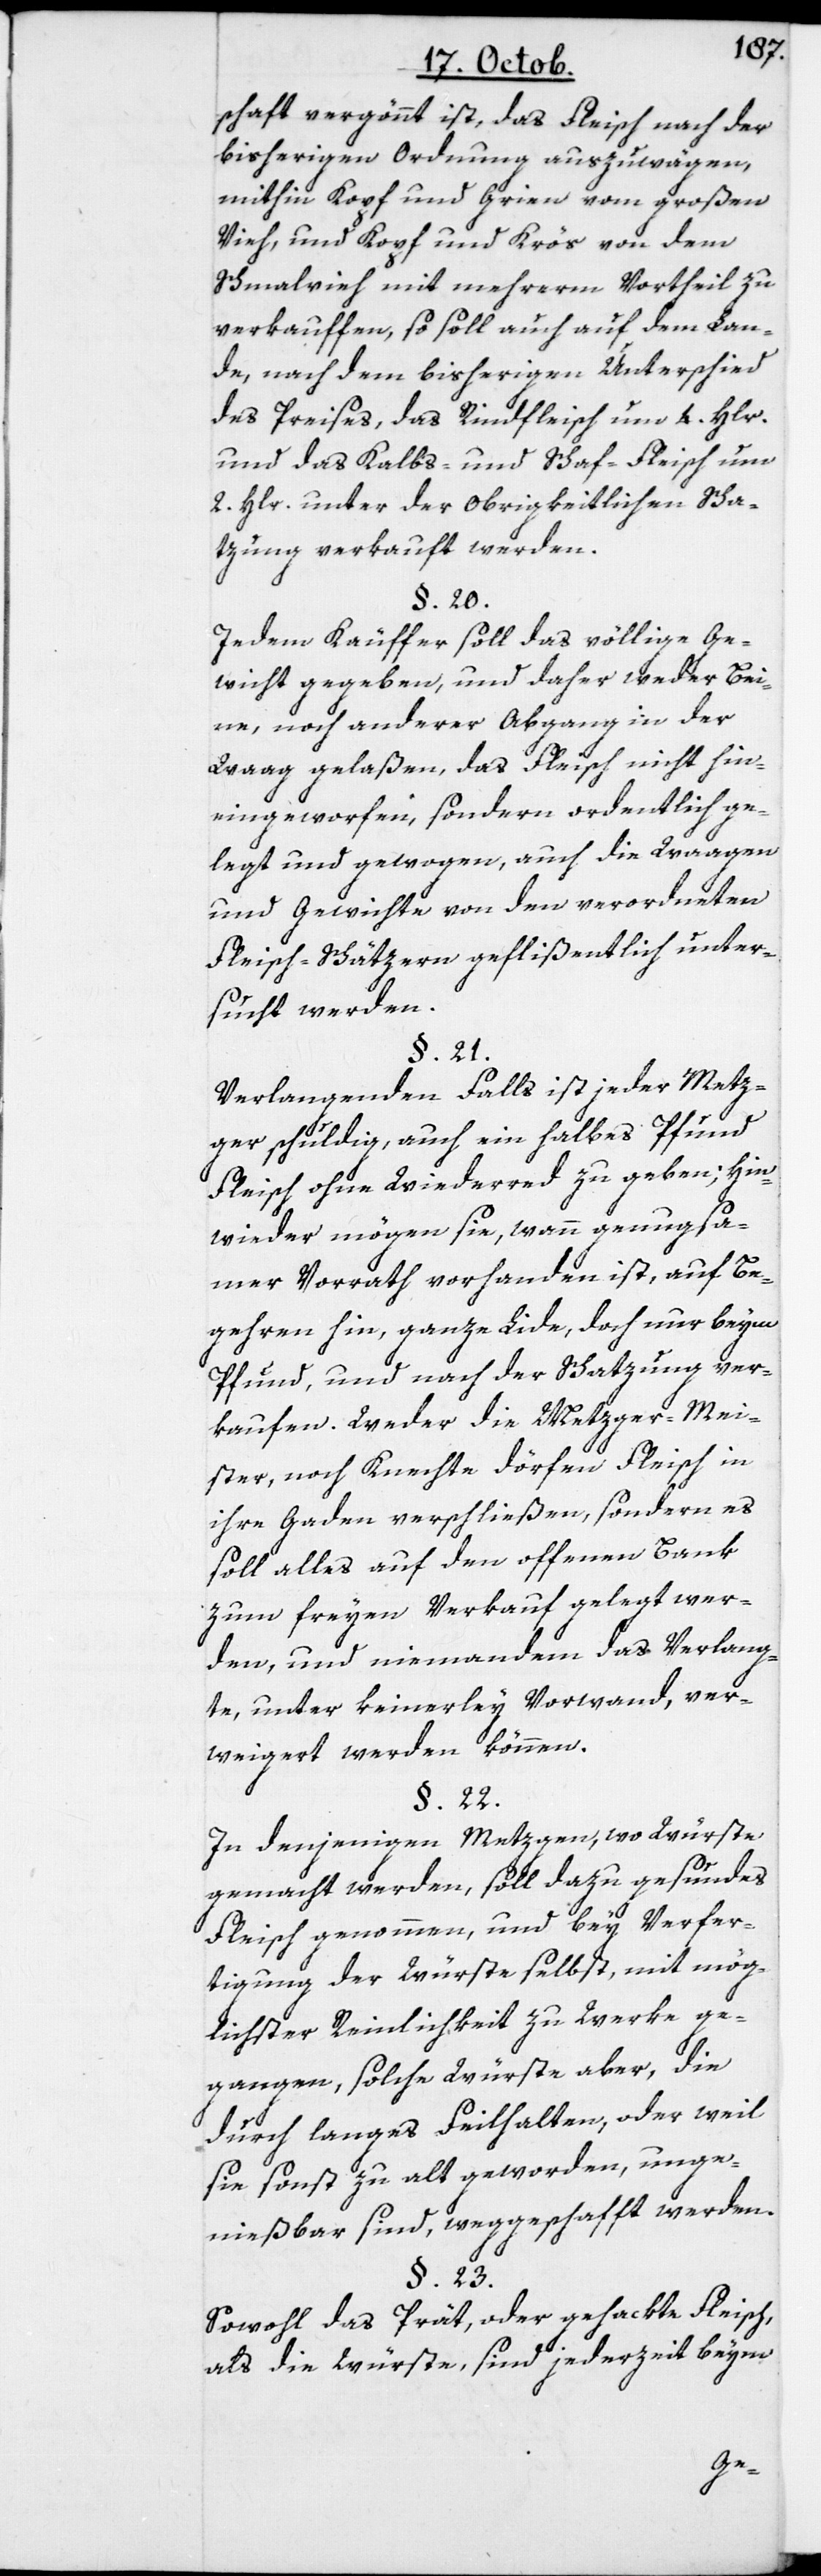
schaft vergönnt ist, das Fleisch nach der
bisherigen Ordnung auszuwägen,
mithin Kopf und Grien vom großen
Vieh, und Kopf und Krös von dem
Schmahlvieh mit mehrerm Vortheil zu
verkauffen, so soll auch auf dem Lan¬
de, nach dem bisherigen Unterschied
des Preises, das Rindfleisch um 4. Hlr.
und das Kalbs- und Schaf-Fleisch um
2. Hlr. unter der Obrigkeitlichen Scha¬
tzung verkauft werden.
§. 20.
Jedem Käuffer soll das völlige Ge¬
wicht gegeben, und daher weder Bei¬
ne, noch anderer Abgang in der
Waag gelaßen, das Fleisch nicht hin¬
eingeworfen, sondern ordentlich ge¬
legt und gewogen, auch die Waagen
und Gewichte von den verordneten
Fleisch-Schätzern geflißentlich unter¬
sucht werden.
§. 21.
Verlangenden Falls ist jeder Metz¬
ger schuldig, auch ein halbes Pfund
Fleisch ohne Widerred zu geben; hin¬
wieder mögen sie, wenn genugsa¬
mer Vorrath vorhanden ist, auf Be¬
gehren hin ganze Lide, doch nur beym
Pfund und nach der Schatzung ver¬
kaufen. Weder die Metzger-Mei¬
ster noch Knechte dörfen Fleisch in
ihren Gaden verschließen, sondern es
soll alles auf den offnen Bank
zum freyen Verkauf gelegt wer¬
den, und niemandem das Verlang¬
te, unter keinerley Vorwand, ver¬
weigert werden können.
§. 22.
In denjenigen Metzgen, wo Würste
gemacht werden, soll dazu gesundes
Fleisch genohmen und bey Verfer¬
tigung der Würste selbst, mit mög¬
lichster Reinlichkeit zu Werke ge¬
gangen, solche Würste aber, die
durch langes Feilhalten oder weil
sie sonst zu alt geworden, unge¬
nießbar sind, weggeschafft werden.
§. 23.
Sowohl das Prät oder gehackte Fleisch,
als die Würste, sind jederzeit beym